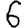
Digit: 6